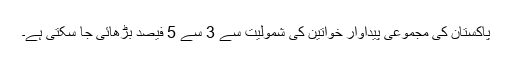
پاکستان کی مجموعی پیداوار خواتین کی شمولیت سے 3 سے 5 فیصد بڑھائی جا سکتی ہے۔